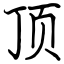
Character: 顶